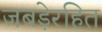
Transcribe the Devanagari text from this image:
जबड़ेरहित